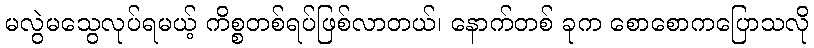
မလွဲမသွေလုပ်ရမယ့် ကိစ္စတစ်ရပ်ဖြစ်လာတယ်၊ နောက်တစ် ခုက စောစောကပြောသလို